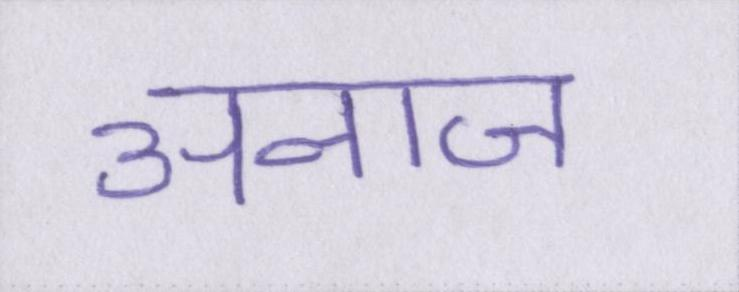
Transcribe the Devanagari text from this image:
अनाज